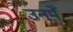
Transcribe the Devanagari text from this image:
उनमेँ